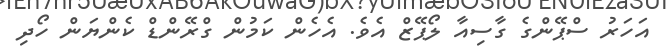
އަހަރު ސްޕޭންގެ ގާސިއާ ލޯޕޭޒް އެވެ. އެހެން ކަމުން ގްރޭންޑް ކެންޔަން ހޯދި